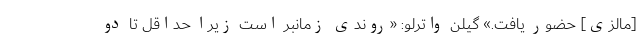
[مالزی] حضور یافت.» گیلن واترلو: «روندی زمانبر است زیرا حداقل تا دو